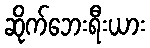
ဆိုက်ဘေးရီးယား